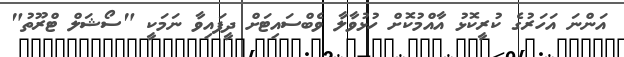
އަންނަ އަހަރުގެ ކުރީކޮޅު އާއްމުކޮށް ހުޅުވާލާ ވެބްސައިޓަށް ދީފައިވާ ނަމަކީ "ސޯޝަލް ޓްރޫތު"